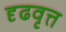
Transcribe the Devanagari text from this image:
दृढवृत्त